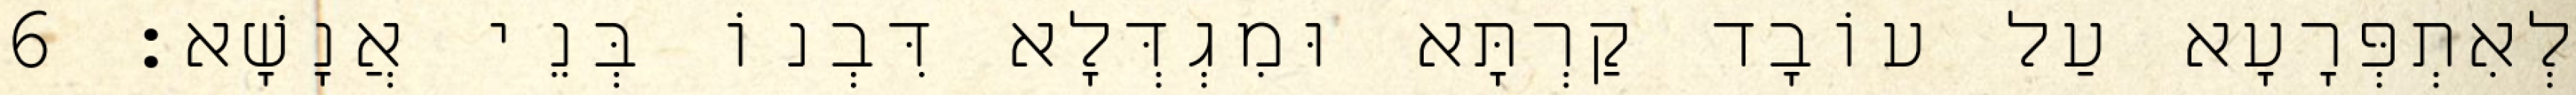
לְאִתְפְּרָעָא עַל עוֹבָד קַרְתָּא וּמִגְדְּלָא דִּבְנוֹ בְּנֵי אֲנָשָׁא׃ 6